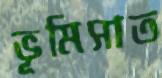
ভূমিসাত